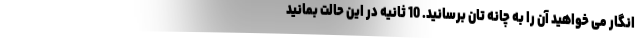
انگار می خواهید آن را به چانه تان برسانید. 10 ثانیه در این حالت بمانید